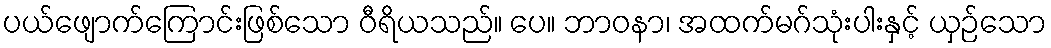
ပယ်ဖျောက်ကြောင်းဖြစ်သော ဝီရိယသည်။ ပေ။ ဘာဝနာ၊ အထက်မဂ်သုံးပါးနှင့် ယှဉ်သော